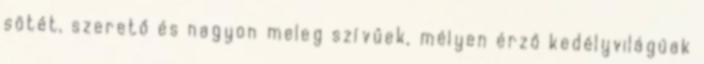
sötét, szerető és nagyon meleg szívűek, mélyen érző kedélyvilágúak